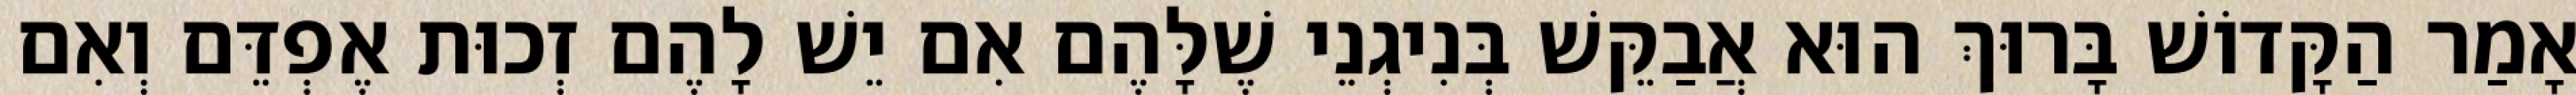
אָמַר הַקָּדוֹשׁ בָּרוּךְ הוּא אֲבַקֵּשׁ בְּנִיגְנֵי שֶׁלָּהֶם אִם יֵשׁ לָהֶם זְכוּת אֶפְדֵּם וְאִם